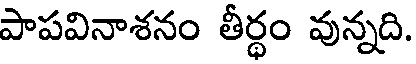
పాపవినాశనం తీర్థం వున్నది.